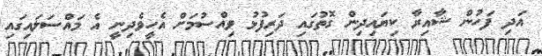
އަދި ފަހުން ޝާއިރާ ކިޔައިދިން ގޮތުގައި ދަރިފުޅު ވިއްސުމަށް އެހީވެދިނީ އެ މައްސަލައިގައި